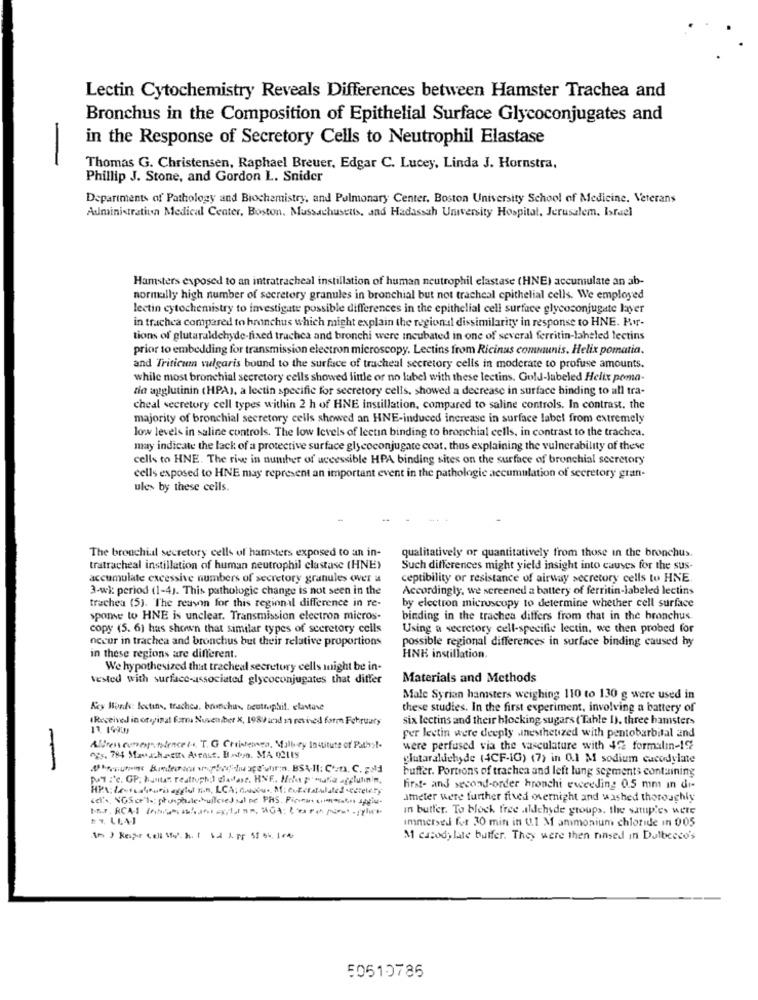
Lectin Cytochemistry Reveals Differences between Hamster Trachea and
Bronchus in the Composition of Epithelial Surface Glycoconjugates and
in the Response of Secretory Cells to Neutrophil Elastase
-
Thomas G. Christensen, Raphael Breuer, Edgar C. Lucey, Linda J. Hornstra,
Phillip J. Stone, and Gordon L. Snider
Departments of Pathology and Biochemistry, and Pulmonary Center. Boston University School of Medicine, Veterans
Administration Medical Center, Boston, Massachusetts, and Hadassah University Hospital, Jerusalem. Israel
Hamsters exposed to an intratracheal instillation of human neutrophil elastase (HNE) accumulate an ab-
normally high number of secretory granules in bronchial but not tracheal epithelial cells. We employed
lectin cytochemistry to investigate possible differences in the epithelial cell surface glycoconjugate layer
in trachea compared to hranchus which might explain the regional dissimilarity in response to HNE. Kv-
tions of glutaraldehyde-fixed trachea and bronchi were incubated in one of several ferritin-laheled lectins
prior to embedding for transmission electron microscopy. Lectins from Ricinus communis. Helix pomatia.
and Triticum vulgaris bound to the surface of tracheal secretory cells in moderate to profuse amounts.
while most bronchial secretory cells showed little or no label with these lectins. Gold-labeled Helix pomma-
tia agglutinin (HPA), a lectin specific for secretory cells, showed a decrease in surface binding to all tra-
cheal secretory cell types within 2 h of HNE instillation, compared to saline controls. In contrast. the
majority of bronchial secretory cells showed an HNE-induced increase in surface label from extremely
low levels in saline controls. The low levels of lectin binding to bronchial cells, in contrast to the trachea.
may indicate the lack of a protective surface glycoconjugate coat. thus explaining the vulnerability of these
cells to HNE. The rise in number of accessible HPA binding sites on the surface of bronchial secretory
cells exposed to HNE may represent an important event in the pathologie accumulation of secretory gran-
ule> by these cells.
The bronchial secretory cells of hamsters exposed to an in-
qualitatively or quantitatively from those in the bronchus.
tratracheal instillation of human neutrophil clastase (HNE)
Such differences might yield insight into causes for the sus-
accumulate excessive numbers of secretory granules over a
ceptibility or resistance of airway secretory cells to HNE
3-wk: period (1-4). This pathologic change is not seen in the
Accordingly, we screened a battery of ferritin-labeled lectins
trachea (5). The reuvin for this regional difference in re-
by electron microscopy to determine whether cell surface
sponse to HNE is unclear. Transmission electron micros-
binding in the trachea differs from that in the bronchus.
copy (5. 6) has shown that similar types of secretory cells
Using a secretory cell-specific lectin, we then probed for
occur in trachea and bronchus but their relative proportions
possible regional differences in surface binding caused hy
in these regions are different.
HNK instillation.
We hypothesized that tracheal secretory cells might be in-
tested with surface-associated glycoconjugates that differ
Materials and Methods
Male Syrian hamsters weighing 110 to 130 g were used in
Key Words: festins, trachea. bronchu, beuttuphil. elastave
these studies. In the first experiment, involving a battery of
IReceived in original forma Nuseniber X, 1987 and 1 revived form February
six lectins and their blocking sugars ( Table I), three hamsters
fer leetin were deeply anesthetized with pentobarbital and
Altreneumann talencel. T.G Croisanes, Mallory Institute of Pathol-
were perfused via the vasculature with 422 formalın-192
og5, 784 Mavachette Asrast. B.nfo. MA 02119
glutaraldichyde (4CF-IG) (7) in 0.1 M sodium cacodylate
buffer. Portions of trachea and left lung segments containing
Pul :'c. GP. hantas reattuphd) dladase. HNE. Heh ;"mafia agglutinin,
first- and second-order hronchi exceeding 0.5 mm in dr-
ameter were further fired overnight and washed thoroughly
in butfer. To block free aldehyde groups, the satup'es Were
immersed for 30 min in 01.1 M ammonium chloride in 005
M casody late buffer. They were then rinsed in Dulbecco's
50510786